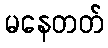
မနေတတ်